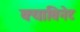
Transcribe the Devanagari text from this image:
क्याबिनेट